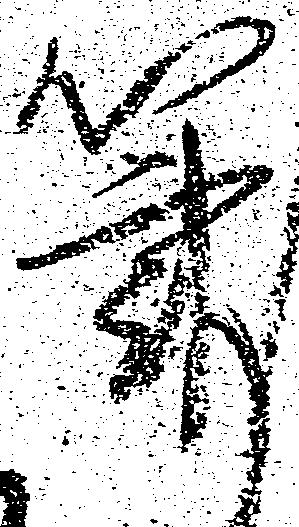
筆